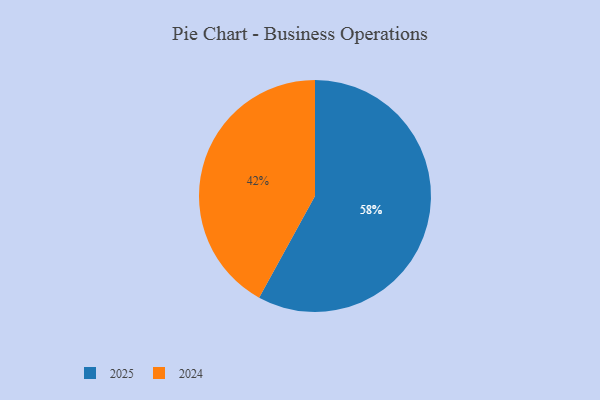
{"axis": {"x": "Category", "y": "Percentage"}, "legend": ["2024", "2025"], "data": [{"x": "2025", "y": 58, "type": "2025"}, {"x": "2024", "y": 42, "type": "2024"}]}